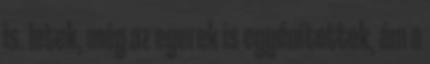
is. letek, még az egerek is egyénítettek, ám a